Elephants and their diseases
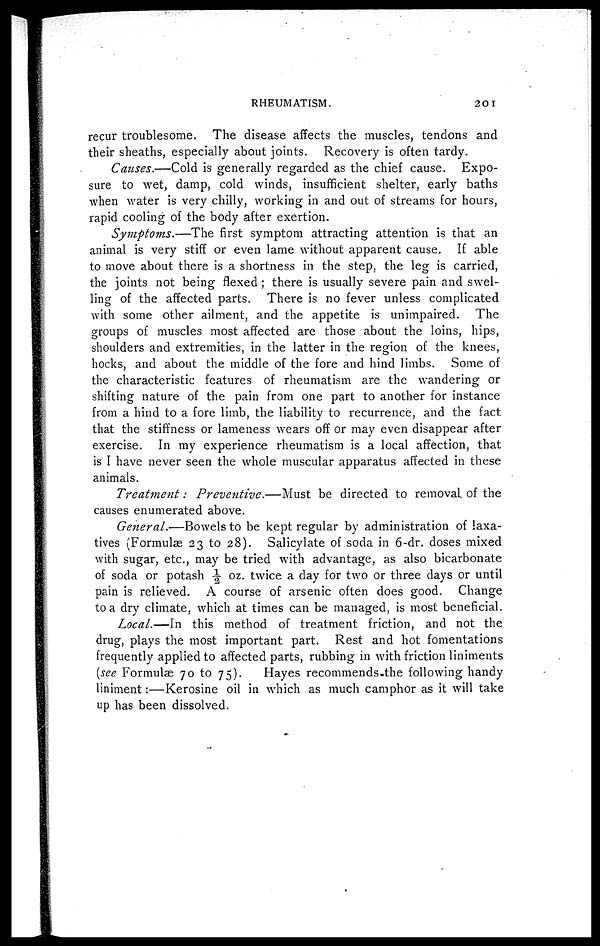
RHEUMATISM.
201
recur troublesome. The disease affects the muscles, tendons and
their sheaths, especially about joints. Recovery is often tardy.
Causes.—Cold is generally regarded as the chief cause. Expo-
sure to wet, damp, cold winds, insufficient shelter, early baths
when water is very chilly, working in and out of streams for hours,
rapid cooling of the body after exertion.
Symptoms.—The first symptom attracting attention is that an
animal is very stiff or even lame without apparent cause. If able
to move about there is a shortness in the step, the leg is carried,
the joints not being flexed ; there is usually severe pain and swel-
ling of the affected parts. There is no fever unless complicated
with some other ailment, and the appetite is unimpaired. The
groups of muscles most affected are those about the loins, hips,
shoulders and extremities, in the latter in the region of the knees,
hocks, and about the middle of the fore and hind limbs. Some of
the characteristic features of rheumatism are the wandering or
shifting nature of the pain from one part to another for instance
from a hind to a fore limb, the liability to recurrence, and the fact
that the stiffness or lameness wears off or may even disappear after
exercise. In my experience rheumatism is a local affection, that
is I have never seen the whole muscular apparatus affected in these
animals.
Treatment:
Preventive.—Must
be directed to removal of the
causes enumerated above.
General.—Bowels to be kept regular by administration of laxa-
tives (Formulae 23 to 28). Salicylate of soda in 6-dr. doses mixed
with sugar, etc., may be tried with advantage, as also bicarbonate
of soda or potash ½ oz. twice a day for two or three days or until
pain is relieved. A course of arsenic often does good. Change
to a dry climate, which at times can be managed, is most beneficial.
Local.—In this method of treatment friction, and not the
drug, plays the most important part. Rest and hot fomentations
frequently applied to affected parts, rubbing in with friction liniments
(see Formulæ 70 to 75).
Hayes recommends-the following handy
liniment:—Kerosine oil in which as much camphor as it will take
up has been dissolved.